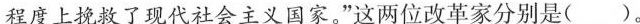
程度上挽救了现代社会主义国家。”这两位改革家分别是( )。